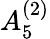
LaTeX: {A}_{5}^{(2)}